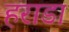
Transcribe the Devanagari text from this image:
हराडा